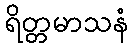
ရိတ္တမာသနံ